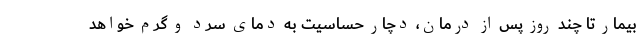
بیمار تا چند روز پس از درمان، دچار حساسیت به دمای سرد و گرم خواهد